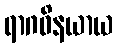
ရာဂဝိနယာယ